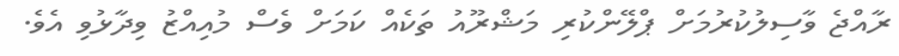
ރާއްޖެ ވާސިލުކުރުމަށް ޕްލޭންކުރި މަޝްރޫއު ތަކެއް ކަމަށް ވެސް މުއިއްޒު ވިދާޅުވި އެވެ.